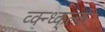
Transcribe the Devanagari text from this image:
व्क्न्ध्क्ल्कं